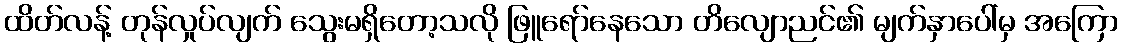
ထိတ်လန့် တုန်လှုပ်လျက် သွေးမရှိတော့သလို ဖြူရော်နေသော တိလျောညင်၏ မျက်နှာပေါ်မှ အကြော